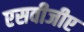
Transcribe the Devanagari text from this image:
एसवीजीए